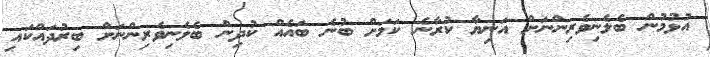
އުޅުމުން ބެލެނިވެރިންނަށް އަނިޔާ ކުރާނެ ކަމަށް ބުނެ ބައެއް ކުދިން ބެލެނިވެރިންނަށް ބިރުދައްކައި